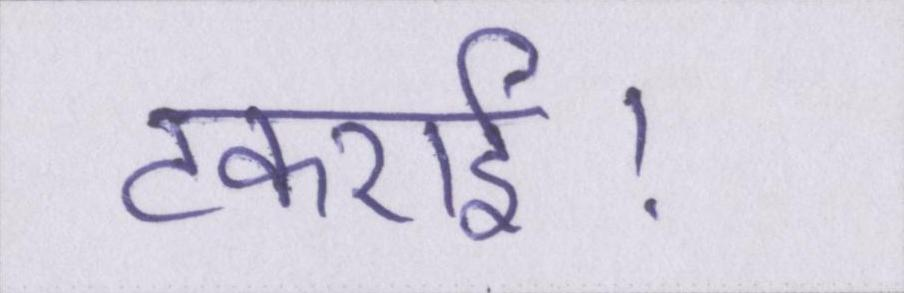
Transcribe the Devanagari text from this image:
टकराई।